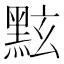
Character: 𪐷